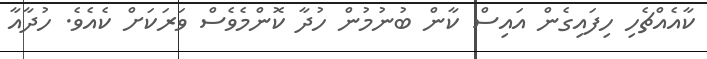
ކާއެއްޗެހި ހިފައިގެން އައިސް ކާން ބުނުމުން ހުދާ ކޮންމެވެސް ވަރަކަށް ކެއެވެ. ހުދާއާ